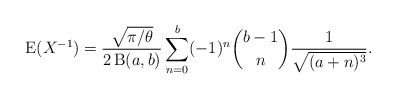
\begin{align*}\operatorname{E}(X^{-1})=\frac{\sqrt{\pi/\theta}}{2\operatorname{B}(a,b)}\sum_{n=0}^b (-1)^n\binom{b-1}{n}\frac{1}{\sqrt{(a+n)^3}}.\end{align*}